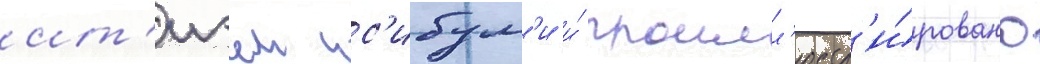
ит'иэем ис'ибум'и и́ проилл'юстр'и́ровано